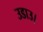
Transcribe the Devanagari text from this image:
उडाउ।